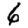
Digit: 6